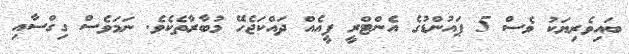
ބައިވެރިޔަކު ވެސް 5 ޕައުންޑުގެ އެންޓްރީ ފީއެއް ދައްކަޖެހޭ މުބާރާތެކެވެ. ނަމަވެސް ގިގްސާއި